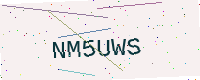
Text: NM5UWS